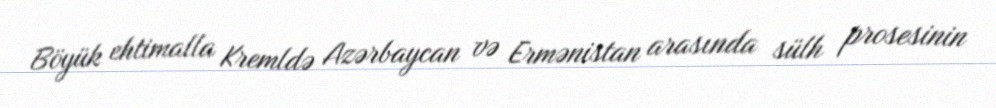
Böyük ehtimalla Kremldə Azərbaycan və Ermənistan arasında sülh prosesinin